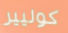
كوليير